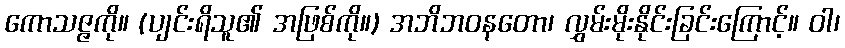
ကောသဇ္ဇကို။ (ပျင်းရိသူ၏ အဖြစ်ကို။) အဘိဘဝနတော၊ လွှမ်းမိုးနိုင်းခြင်းကြောင့်။ ဝါ၊